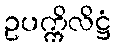
ဥပက္ကိလိဋ္ဌံ